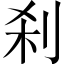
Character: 刹